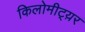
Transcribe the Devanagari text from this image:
किलोमीट्य़र